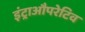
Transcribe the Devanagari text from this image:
इंट्राऔपरेटिव